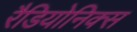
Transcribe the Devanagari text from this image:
रैडियोनिक्स